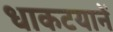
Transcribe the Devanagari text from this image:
धाकटयानें